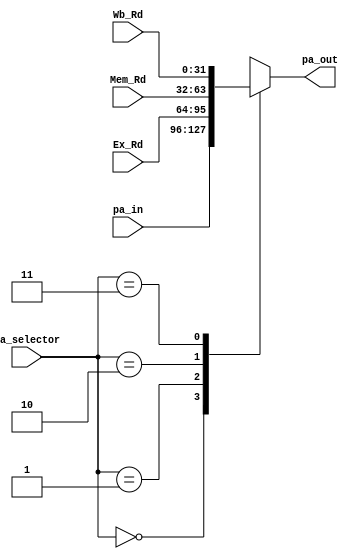
module PA_MUX(
    output reg [31:0] pa_out,
    input wire [1:0] pa_selector,
    input wire [31:0] Ex_Rd, Mem_Rd, Wb_Rd, pa_in
);
    always @(*) begin
        case (pa_selector)
            2'b00: pa_out = pa_in;
            2'b01: pa_out = Ex_Rd;
            2'b10: pa_out = Mem_Rd;
            2'b11: pa_out = Wb_Rd;
        endcase
    end
endmodule